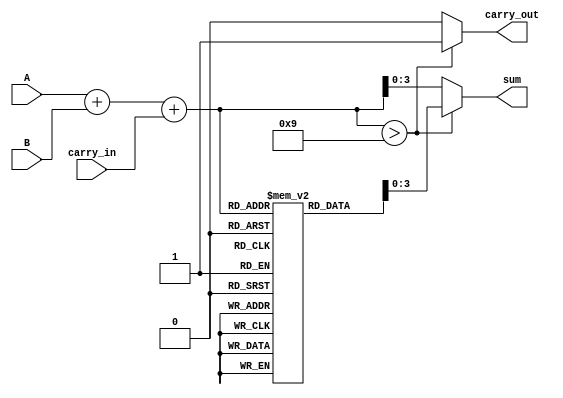
module BCD_LUT_Adder (
    input  wire [3:0] A,         // BCD digit A
    input  wire [3:0] B,         // BCD digit B
    input  wire carry_in,         // Carry input
    output reg  [3:0] sum,        // BCD sum output
    output reg  carry_out         // Carry output
);

// Intermediate signals
wire [4:0] binary_sum;           // 5-bit binary sum
reg [4:0] bcd_lut [0:18];        // Look-Up Table for BCD correction

// Initial binary addition
assign binary_sum = A + B + carry_in;

// BCD Look-Up Table initialization
initial begin
    // Fill the LUT with the appropriate values
    bcd_lut[0]  = 5'b00000; // 0
    bcd_lut[1]  = 5'b00001; // 1
    bcd_lut[2]  = 5'b00010; // 2
    bcd_lut[3]  = 5'b00011; // 3
    bcd_lut[4]  = 5'b00100; // 4
    bcd_lut[5]  = 5'b00101; // 5
    bcd_lut[6]  = 5'b00110; // 6
    bcd_lut[7]  = 5'b00111; // 7
    bcd_lut[8]  = 5'b01000; // 8
    bcd_lut[9]  = 5'b01001; // 9
    bcd_lut[10] = 5'b01010; // 10 (10 + 6 = 16)
    bcd_lut[11] = 5'b01011; // 11 (11 + 6 = 17)
    bcd_lut[12] = 5'b01100; // 12 (12 + 6 = 18)
    bcd_lut[13] = 5'b01101; // 13 (13 + 6 = 19)
    bcd_lut[14] = 5'b01110; // 14 (14 + 6 = 20)
    bcd_lut[15] = 5'b01111; // 15 (15 + 6 = 21)
    bcd_lut[16] = 5'b10000; // 16 (16 + 6 = 22)
    bcd_lut[17] = 5'b10001; // 17 (17 + 6 = 23)
    bcd_lut[18] = 5'b10010; // 18 (18 + 6 = 24)
end

// BCD addition and carry out generation
always @(*) begin
    if (binary_sum > 9) begin
        sum = bcd_lut[binary_sum]; // Use LUT for correction
        carry_out = 1'b1;          // Set carry out
    end else begin
        sum = binary_sum[3:0];     // Valid BCD, no correction needed
        carry_out = 1'b0;          // No carry out
    end
end

endmodule